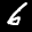
Label: 6